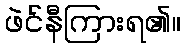
ဖဲင်နီကြားရ၏။